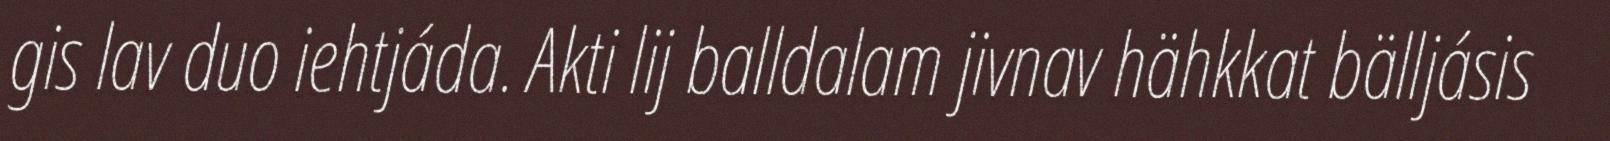
gis lav duo iehtjáda. Akti lij balldalam jivnav hähkkat bälljásis